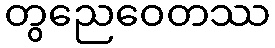
တွညေဝေတဿ